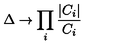
\Delta \rightarrow \prod _ { i } \frac { | C _ { i } | } { C _ { i } }